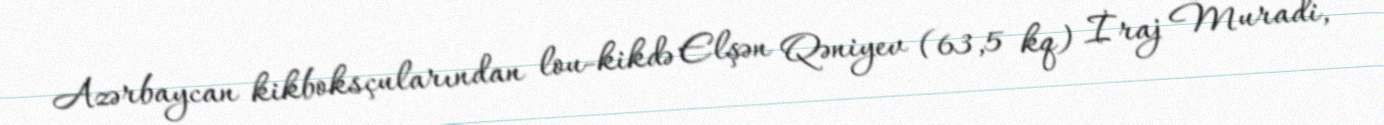
Azərbaycan kikboksçularından lou-kikdə Elşən Qəniyev (63,5 kq) İraj Muradi,